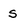
Character: s